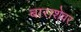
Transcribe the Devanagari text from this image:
बाराशेवर